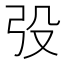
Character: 𭚧